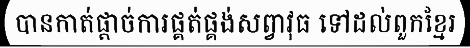
បានកាត់ផ្តាច់ការផ្គត់ផ្គង់សព្វាវុធ ទៅដល់ពួកខ្មែរ